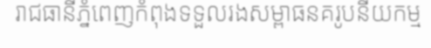
រាជធានីភ្នំពេញកំពុងទទួលរងសម្ពាធនគរូបនីយកម្ម